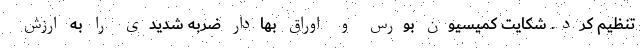
تنظیم کرد. شکایت کمیسیون بورس و اوراق بهادار ضربه شدیدی را به ارزش